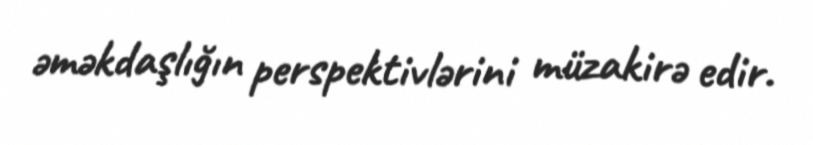
əməkdaşlığın perspektivlərini müzakirə edir.